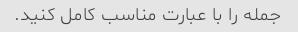
جمله را با عبارت مناسب کامل کنید.